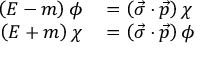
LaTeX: \begin{array} { r l } { \left( E - m \right) \phi } & { { } = \left( { \vec { \sigma } } \cdot { \vec { p } } \right) \chi } \\ { \left( E + m \right) \chi } & { { } = \left( { \vec { \sigma } } \cdot { \vec { p } } \right) \phi } \end{array}